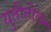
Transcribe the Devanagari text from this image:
युतीतील